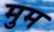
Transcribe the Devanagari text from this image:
मुम